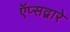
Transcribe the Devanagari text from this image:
ऍप्सद्वारे